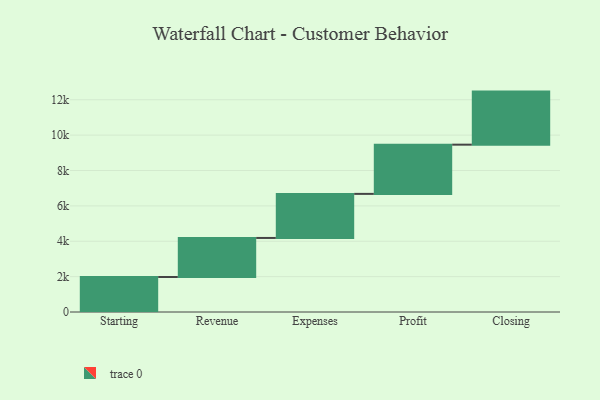
{"axis": {"x": "Step", "y": "Value"}, "legend": [""], "data": [{"x": "Starting", "y": 1979.0, "type": ""}, {"x": "Revenue", "y": 2208.0, "type": ""}, {"x": "Expenses", "y": 2492.0, "type": ""}, {"x": "Profit", "y": 2783.0, "type": ""}, {"x": "Closing", "y": 3000, "type": ""}]}